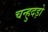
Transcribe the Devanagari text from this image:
चन्हुदड़ो